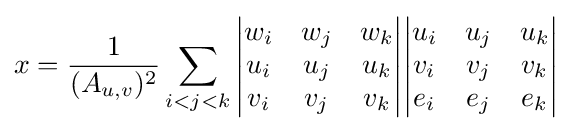
x={\frac {1}{(A_{u,v})^{2}}}\sum _{i<j<k}{\begin{vmatrix}w_{i}&w_{j}&w_{k}\\u_{i}&u_{j}&u_{k}\\v_{i}&v_{j}&v_{k}\\\end{vmatrix}}{\begin{vmatrix}u_{i}&u_{j}&u_{k}\\v_{i}&v_{j}&v_{k}\\{e}_{i}&{e}_{j}&{e}_{k}\\\end{vmatrix}}